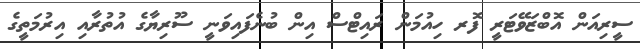
ސީރިއަން އޮބްޒަވޭޓަރީ ފޮރ ހިއުމަން ރައިޓްސް އިން ބުނެފައިވަނީ ސޫރިޔާގެ އުތުރާއި އިރުމަތީގެ